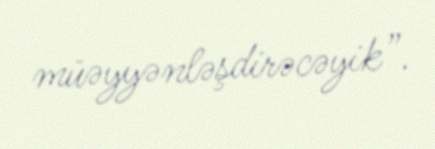
müəyyənləşdirəcəyik”.